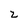
Character: 2